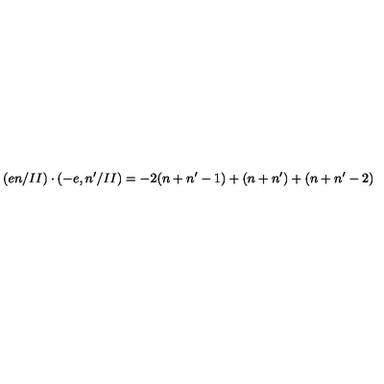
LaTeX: ( e n / I I ) \cdot ( - e , n ^ { \prime } / I I ) = - 2 ( n + n ^ { \prime } - 1 ) + ( n + n ^ { \prime } ) + ( n + n ^ { \prime } - 2 )